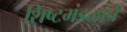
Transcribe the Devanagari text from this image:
शिष्टमंडळांचे